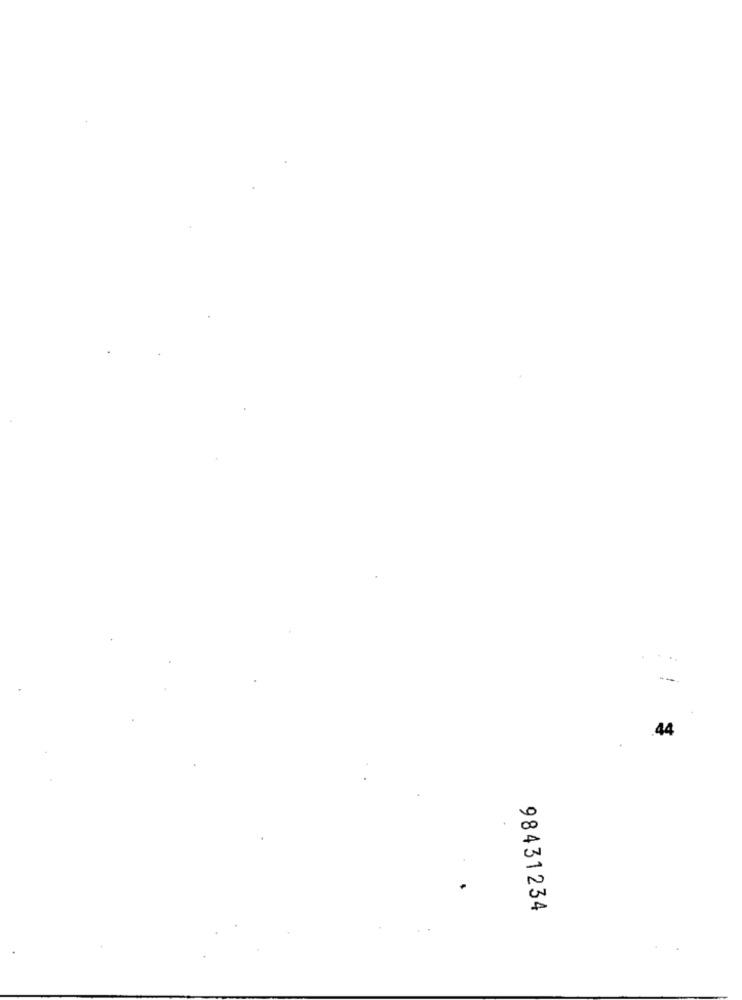
£
44
98431234